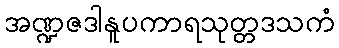
အဏ္ဍဇဒါနူပကာရသုတ္တဒသကံ